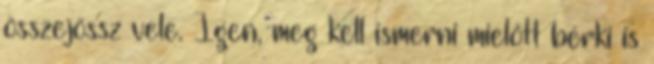
összejössz vele. Igen, meg kell ismerni mielőtt bérki is